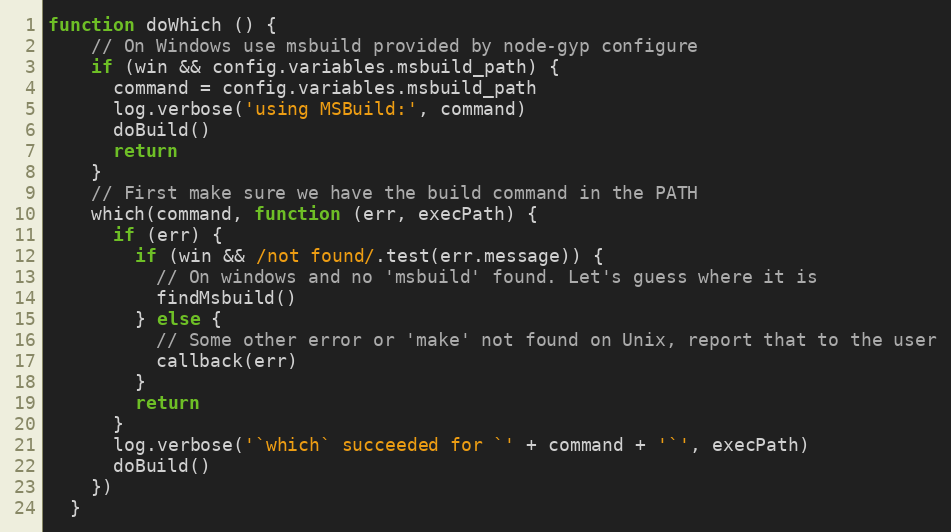
Language: JavaScript
function doWhich () {
    // On Windows use msbuild provided by node-gyp configure
    if (win && config.variables.msbuild_path) {
      command = config.variables.msbuild_path
      log.verbose('using MSBuild:', command)
      doBuild()
      return
    }
    // First make sure we have the build command in the PATH
    which(command, function (err, execPath) {
      if (err) {
        if (win && /not found/.test(err.message)) {
          // On windows and no 'msbuild' found. Let's guess where it is
          findMsbuild()
        } else {
          // Some other error or 'make' not found on Unix, report that to the user
          callback(err)
        }
        return
      }
      log.verbose('`which` succeeded for `' + command + '`', execPath)
      doBuild()
    })
  }